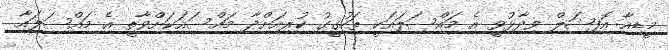
މީޑިއާ އޮފިޝަލް ވިދާޅުވީ އެ މައްސަލައަކީ ތަހުގީގު ކުރިއަށްދާ މައްސައަކަށްވާތީ އެ މައްސަލައާ